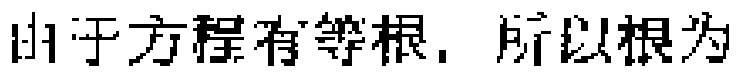
由于方程有等根，所以根为